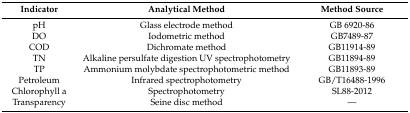
<table><thead><tr><td><b>Indicator</b></td><td><b>Analytical Method</b></td><td><b>Method Source</b></td></tr></thead><tbody><tr><td>pH</td><td>Glass electrode method</td><td>GB 6920-86</td></tr><tr><td>DO</td><td>Iodometric method</td><td>GB7489-87</td></tr><tr><td>COD</td><td>Dichromate method</td><td>GB11914-89</td></tr><tr><td>TN</td><td>Alkaline persulfate digestion UV spectrophotometry</td><td>GB11894-89</td></tr><tr><td>TP</td><td>Ammonium molybdate spectrophotometric method</td><td>GB11893-89</td></tr><tr><td>Petroleum</td><td>Infrared spectrophotometry</td><td>GB/T16488-1996</td></tr><tr><td>Chlorophyll a</td><td>Spectrophotometry</td><td>SL88-2012</td></tr><tr><td>Transparency</td><td>Seine disc method</td><td>---</td></tr></tbody></table>